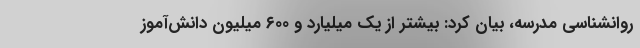
روانشناسی مدرسه، بیان کرد: بیشتر از یک میلیارد و ۶۰۰ میلیون دانش‌آموز